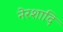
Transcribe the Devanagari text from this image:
नेरशादि